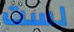
لست